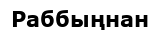
Раббыңнан